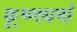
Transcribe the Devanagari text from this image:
कृ्ष्णधर्मा